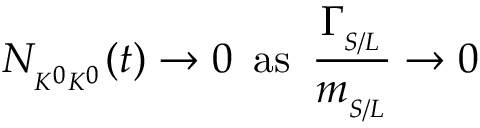
N _ { { } _ { K ^ { 0 } K ^ { 0 } } } ( t ) \to 0 \, \, \, \mathrm { a s } \, \, \, { \frac { \Gamma _ { { } _ { S / L } } } { m _ { { } _ { S / L } } } } \to 0